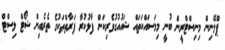
ޕްލޭނިން މިނިސްޓްރީން ބުނީ މިމަސައްކަތައް ޝައުއުގުވެރިކަން ފާޅުކުރާ ފަރާތްތަކުގެ ތެރެއިން ޝޯޓް ލިސްޓް